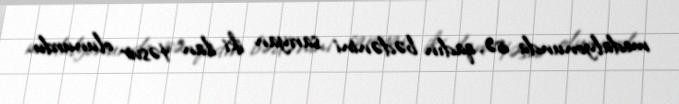
medalyonunda isə, qadın bədənini sarıyan iki ilan təsvir olunurdu.